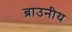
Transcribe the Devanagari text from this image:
ब्राउनीय